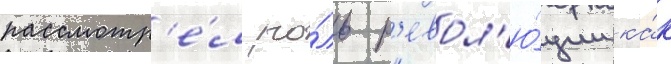
рассмотр'е́л ро́ль р'евол'ю́ции ка́к